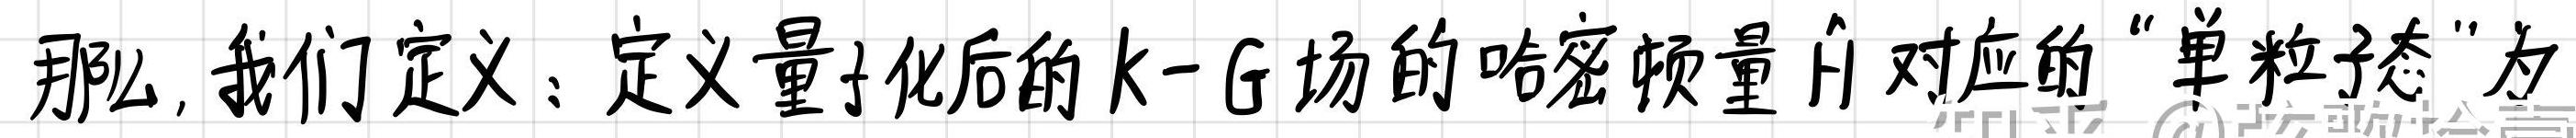
那么,我们定义:定义量子化后的k-G场的哈密顿量$\hat{H}$对应的"单粒子态"为